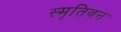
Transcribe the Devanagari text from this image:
स्मृतिवन